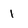
Character: 1